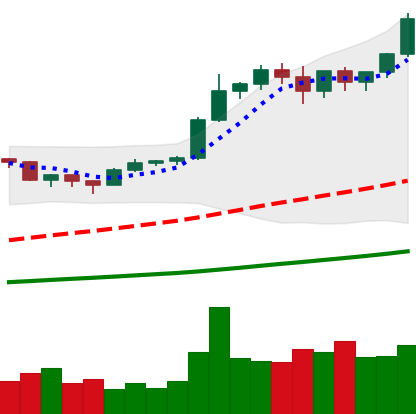
Ticker: BTC-USD
Chart end date: 2020-12-26
Forward return: 9.701%
Label: up_7plus